Vaccination in Bombay 1863-1868 - 1863-1868
Year: 1863
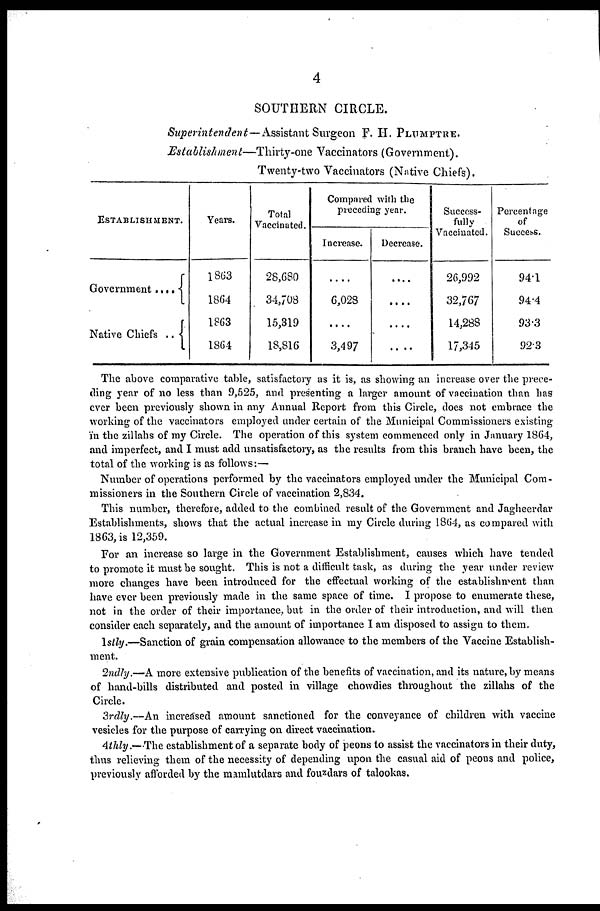
4
SOUTHERN CIRCLE.
Superintendent—Assistant
Surgeon F. H. PLUMPTRE.
Establishment—Thirty-one
Vaccinators (Government).
Twenty-two Vaccinators (Native Chiefs).
ESTABLISHMENT.
Government
....
Native Chiefs
..
Years.
1863
1864
1863
1864
Total
Vaccinated.
28,680
34,708
15,319
18,816
Compared with the
preceding year.
Increase.
....
6,028
....
3,497
Decrease.
....
....
....
....
Success-
fully
Vaccinated.
26,992
32,767
14,288
17,345
Percentage
of
Success.
94.1
94.4
93.3
92.3
The above comparative table, satisfactory as it is, as showing an increase over the prece-
ding year of no less than 9,525, and presenting a larger amount of vaccination than has
ever been previously shown in any Annual Report from this Circle, does not embrace the
working of the vaccinators employed under certain of the Municipal Commissioners existing
in the zillahs of my Circle. The operation of this system commenced only in January 1864,
and imperfect, and I must add unsatisfactory, as the results from this branch have been, the
total of the working is as follows:—
Number of operations performed by the vaccinators employed under the Municipal Com-
missioners in the Southern Circle of vaccination 2,834.
This number, therefore, added to the combined result of the Government and Jagheerdar
Establishments, shows that the actual increase in my Circle during 1864, as compared with
1863, is 12,359.
For an increase so large in the Government Establishment, causes which have tended
to promote it must be sought. This is not a difficult task, as during the year under review
more changes have been introduced for the effectual working of the establishment than
have ever been previously made in the same space of time. I propose to enumerate these,
not in the order of their importance, but in the order of their introduction, and will then
consider each separately, and the amount of importance I am disposed to assign to them.
1stly.—Sanction of grain compensation allowance to the members of the Vaccine Establish-
ment.
2ndly.—A more extensive publication of the benefits of vaccination, and its nature, by means
of hand-bills distributed and posted in village chowdies throughout the zillahs of the
Circle.
3rdly.—An increased amount sanctioned for the conveyance of children with vaccine
vesicles for the purpose of carrying on direct vaccination.
4thly.—The establishment of a separate body of peons to assist the vaccinators in their duty,
thus relieving them of the necessity of depending upon the casual aid of peons and police,
previously afforded by the mamlutdars and fouzdars of talookas.